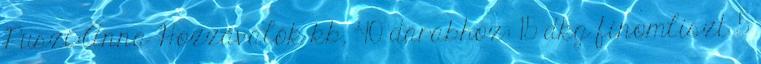
Puszi:Anna Hozzávalók kb. 40 darabhoz: 15 dkg finomliszt 5